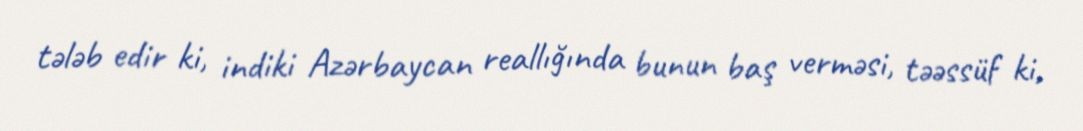
tələb edir ki, indiki Azərbaycan reallığında bunun baş verməsi, təəssüf ki,